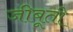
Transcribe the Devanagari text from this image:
जीबूती